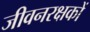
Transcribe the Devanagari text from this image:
जीवनरक्षकों